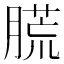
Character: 㬻